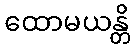
ထောမယန္တိ